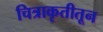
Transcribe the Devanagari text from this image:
चित्राकृतीतून